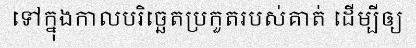
ទៅក្នុងកាលបរិច្ឆេតប្រកួតរបស់គាត់ ដើម្បីឲ្យ